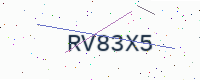
Text: RV83X5